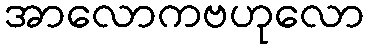
အာလောကဗဟုလော